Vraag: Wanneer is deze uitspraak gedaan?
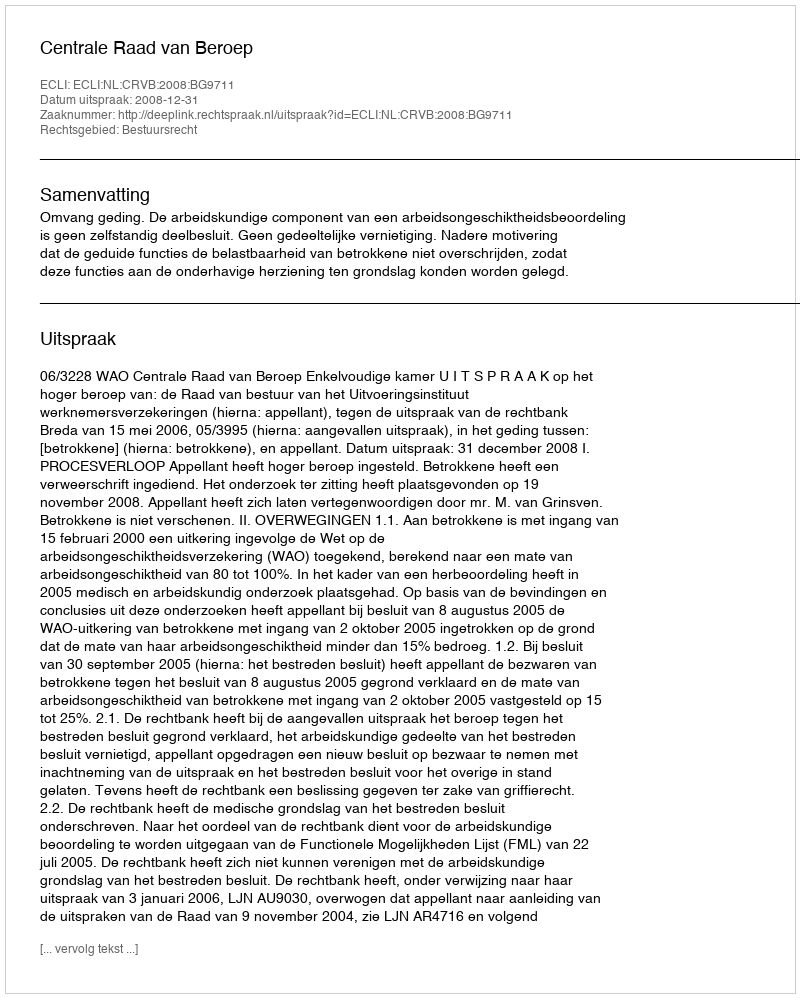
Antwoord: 2008-12-31